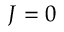
J = 0